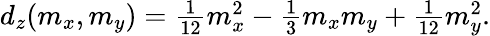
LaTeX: \begin{array}{r}{d_{z}(m_{x},m_{y})=\frac{1}{12}m_{x}^{2}-\frac{1}{3}m_{x}m_{y}+\frac{1}{12}m_{y}^{2}.}\end{array}